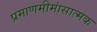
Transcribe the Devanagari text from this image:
प्रमाणमीमांसात्मक